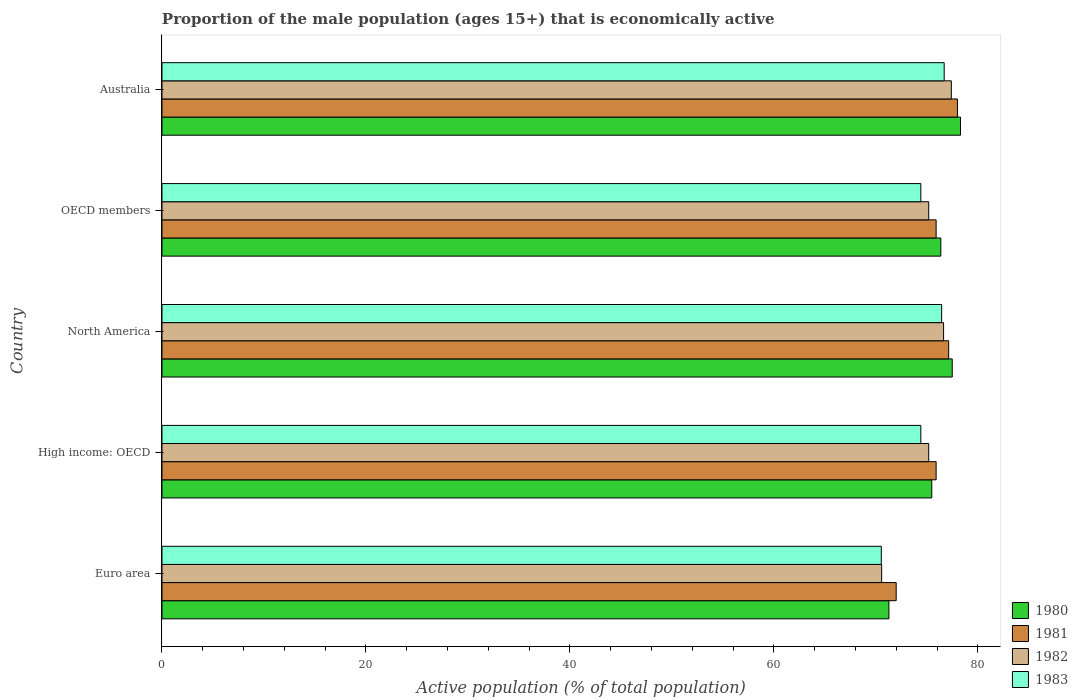
| Country | 1980 | 1981 | 1982 | 1983 |
 | --- | --- | --- | --- | --- |
 | Euro area | 71.3 | 72 | 70.6 | 70.5 |
 | High income: OECD | 75.5 | 75.9 | 75.2 | 74.4 |
 | North America | 77.5 | 77.1 | 76.6 | 76.5 |
 | OECD members | 76.4 | 75.9 | 75.2 | 74.4 |
 | Australia | 78.3 | 78 | 77.4 | 76.7 |